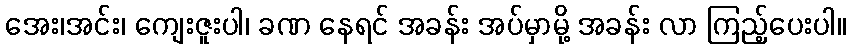
အေး၊အင်း၊ ကျေးဇူးပါ၊ ခဏ နေရင် အခန်း အပ်မှာမို့ အခန်း လာ ကြည့်ပေးပါ။